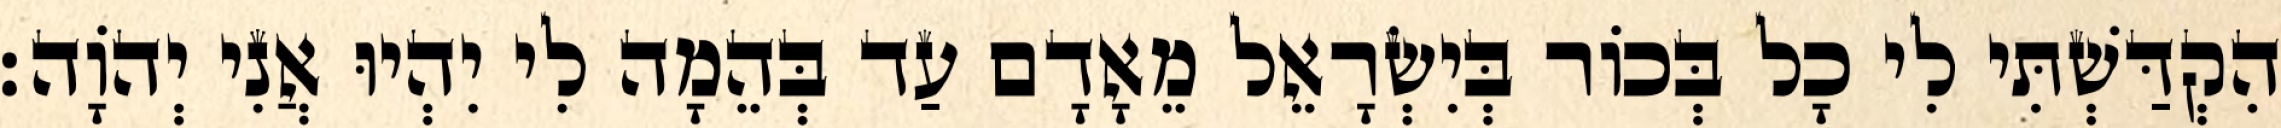
הִקְדַּשְׁתִּי לִי כָל בְּכוֹר בְּיִשְׂרָאֵל מֵאָדָם עַד בְּהֵמָה לִי יִהְיוּ אֲנִי יְהוָֹה׃